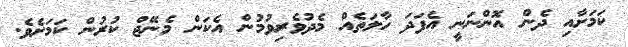
ކަމަށާއި ދެން އޮންނަނީ އެފަދަ ހާލަތެއް މެދުވެރިވުމުން އެކަން މެނޭޖް ކުރުން ކަމަށެވެ.